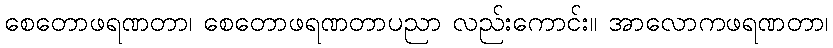
စေတောဖရဏတာ၊ စေတောဖရဏတာပညာ လည်းကောင်း။ အာလောကဖရဏတာ၊